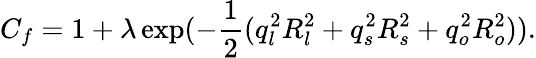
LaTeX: C_{f}=1+\lambda\exp(-{\frac{1}{2}}(q_{l}^{2}R_{l}^{2}+q_{s}^{2}R_{s}^{2}+q_{o}^{2}R_{o}^{2})).